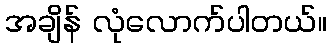
အချိန် လုံလောက်ပါတယ်။